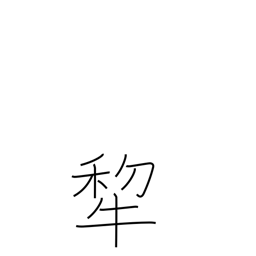
Meaning: plow